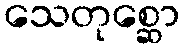
သေတုစ္ဆော